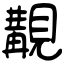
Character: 覯